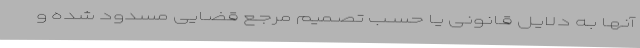
آنهـا بـه دلایـل قـانونی یـا حسـب تصـمیم مرجـع قضـایی مسدود شده و